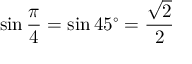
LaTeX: \sin { \frac { \pi } { 4 } } = \sin 4 5 ^ { \circ } = { \frac { \sqrt { 2 } } { 2 } }